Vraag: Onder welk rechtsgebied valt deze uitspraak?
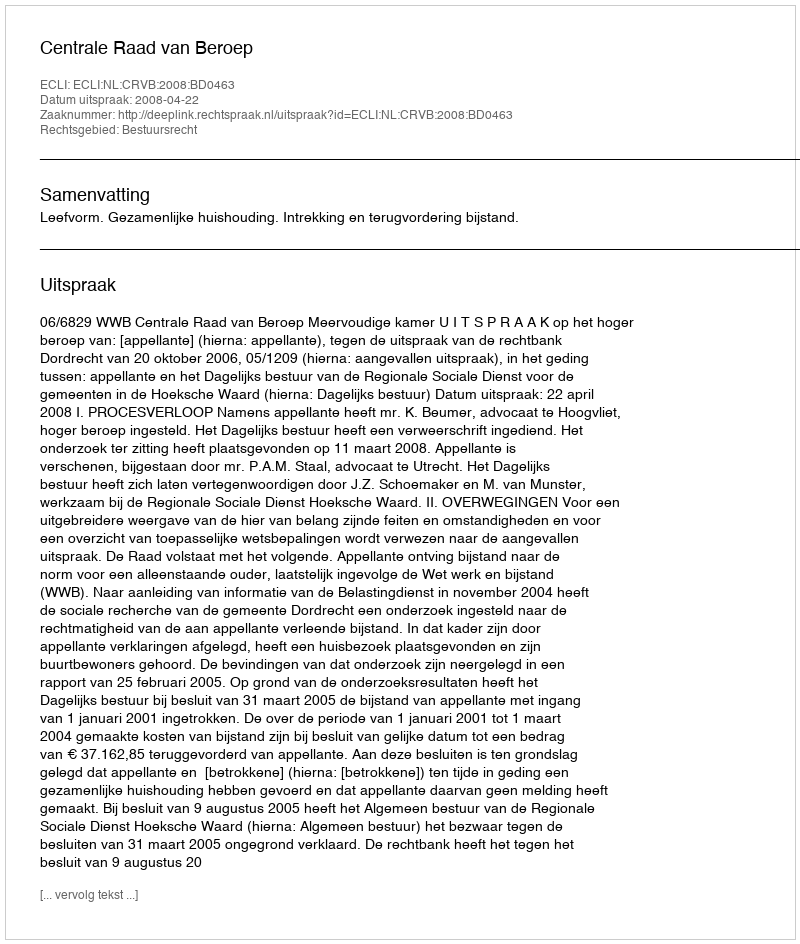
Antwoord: Bestuursrecht